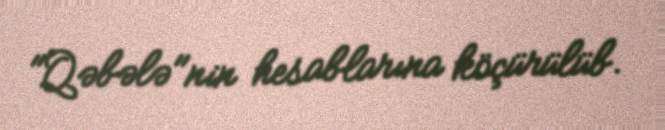
"Qəbələ"nin hesablarına köçürülüb.